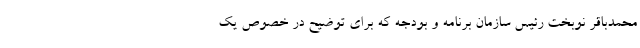
محمدباقر نوبخت رئیس سازمان برنامه و بودجه که برای توضیح در خصوص یک